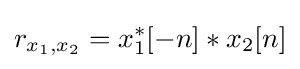
r_{x_{1},x_{2}}=x_{1}^{*}[-n]*x_{2}[n]